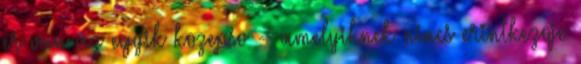
er van az egyik kozepso -- amelyiknek nincs erintkezoje